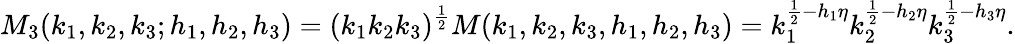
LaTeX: M_{3}(k_{1},k_{2},k_{3};h_{1},h_{2},h_{3})=(k_{1}k_{2}k_{3})^{\frac{1}{2}}M(k_{1},k_{2},k_{3},h_{1},h_{2},h_{3})=k_{1}^{\frac{1}{2}-h_{1}\eta}k_{2}^{\frac{1}{2}-h_{2}\eta}k_{3}^{\frac{1}{2}-h_{3}\eta}.